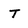
Character: T